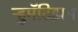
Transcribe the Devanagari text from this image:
ऱ्हुमॅटिझम